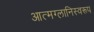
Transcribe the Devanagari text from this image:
आत्मग्लानिस्वरूप